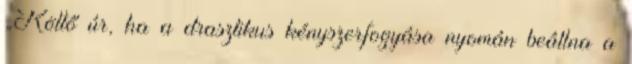
„Költő úr, ha a drasztikus kényszerfogyása nyomán beállna a